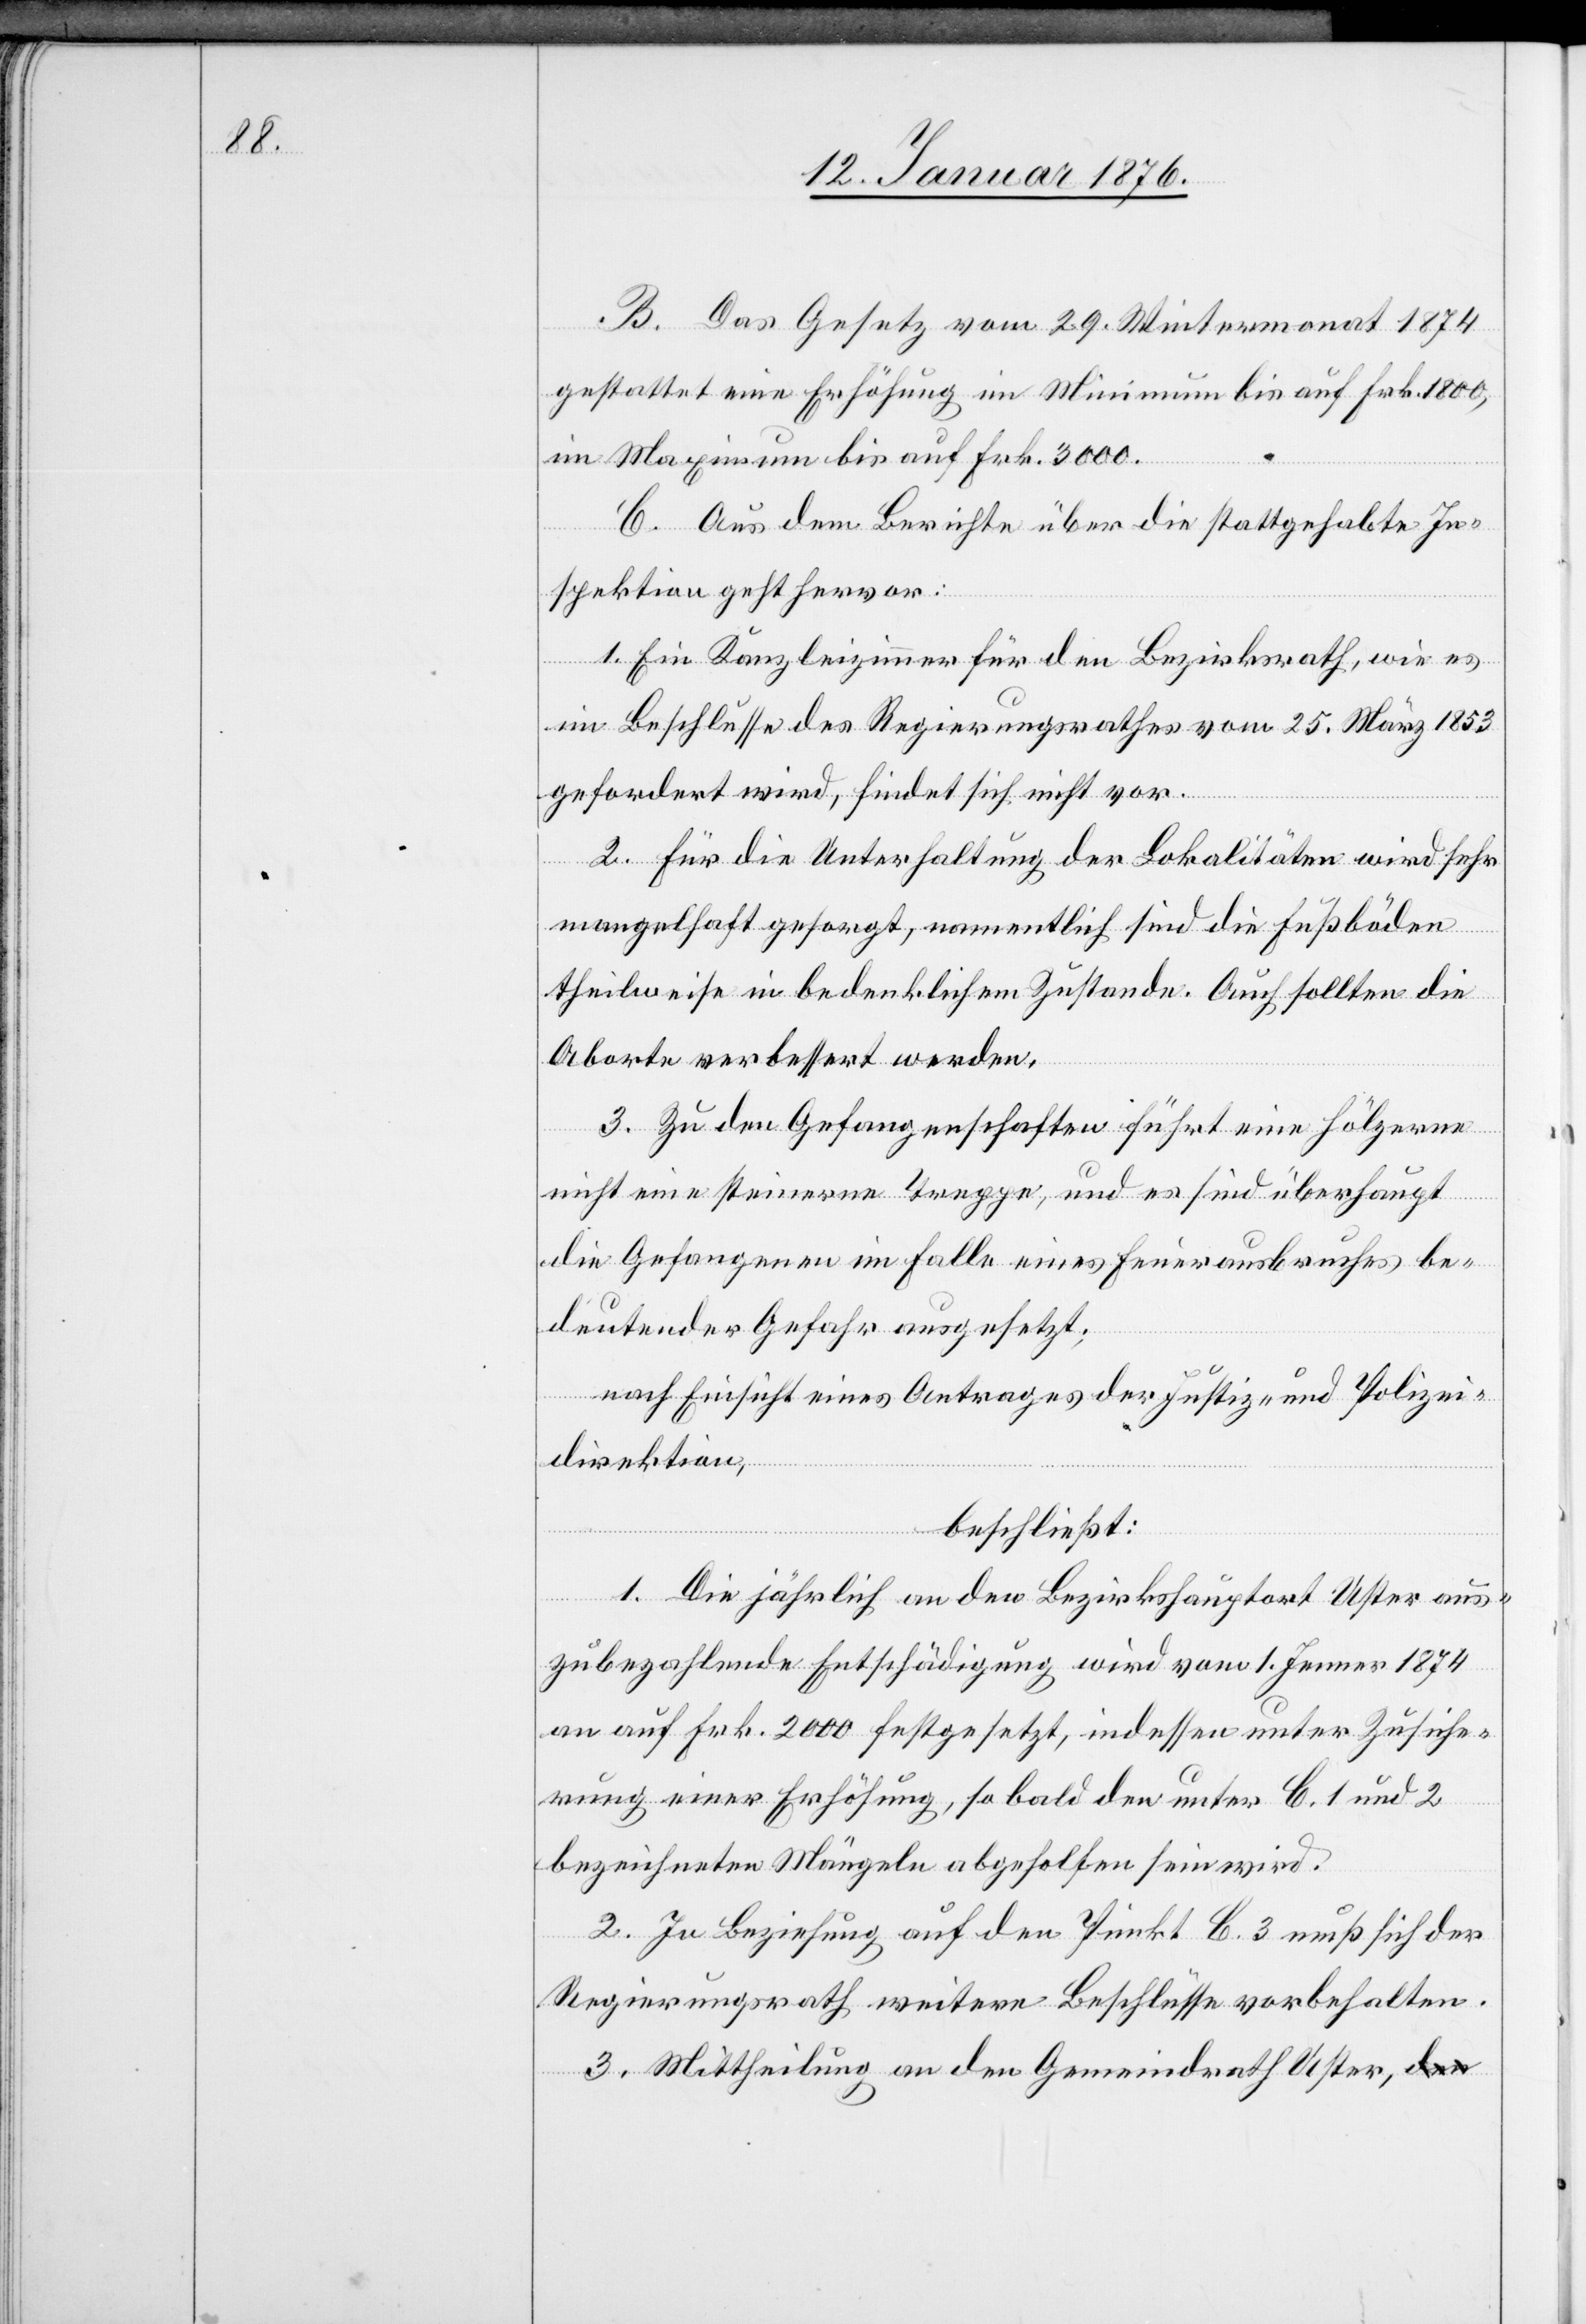
B. Das Gesetz vom 29. Wintermonat 1874
gestattet eine Erhöhung im Minimum bis auf Frk. 1800,
im Maximum bis auf Frk. 3000.
C. Aus dem Berichte über die stattgehabte In¬
spektion geht hervor:
1. Ein Kanzleizimmer für den Bezirksrath, wie es
im Beschlusse des Regierungsrathes vom 25. März 1853
gefordert wird, findet sich nicht vor.
2. Für die Unterhaltung der Lokalitäten wird sehr
mangelhaft gesorgt, namentlich sind die Fußböden
theilweise in bedenklichem Zustande. Auch sollten die
Aborte verbessert werden.
3. Zu den Gefangenschaften führt eine hölzerne
nicht eine steinerne Treppe, und es sind überhaupt
die Gefangenen im Falle eines Feuerausbruches be¬
deutender Gefahr ausgesetzt;
nach Einsicht eines Antrages der Justiz- und Polizei¬
direktion,
beschließt:
1. Die jährlich an den Bezirkshauptort Uster aus¬
zubezahlende Entschädigung wird vom 1. Jenner 1874
an auf Frk. 2000 festgesetzt, indessen unter Zusiche¬
rung einer Erhöhung, so bald den unter C 1 und 2
bezeichneten Mängeln abgeholfen sein wird.
2. In Beziehung auf den Punkt C. 3 muß sich der
Regierungsrath weitere Beschlüsse vorbehalten.
3. Mittheilung an den Gemeindrath Uster,